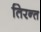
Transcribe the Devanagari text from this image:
तिरन्त